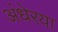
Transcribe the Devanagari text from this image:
अंधेरया